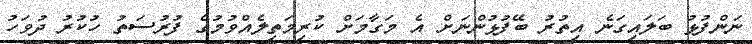
ނަންފުޅު ބަލައިގަނެ އިތުރު ބޭފުޅުންނަށް އެ މަގާމަށް ކުރިމަތިލެއްވުމުގެ ފުރުސަތު ހުކުރު ދުވަހު